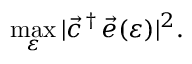
\operatorname* { m a x } _ { \varepsilon } | \vec { c } ^ { \, \dag } \, \vec { e } ( \varepsilon ) | ^ { 2 } .